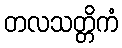
တလသတ္တိကံ